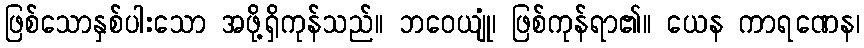
ဖြစ်သောနှစ်ပါးသော အဖို့ရှိကုန်သည်။ ဘဝေယျုံ၊ ဖြစ်ကုန်ရာ၏။ ယေန ကာရဏေန၊